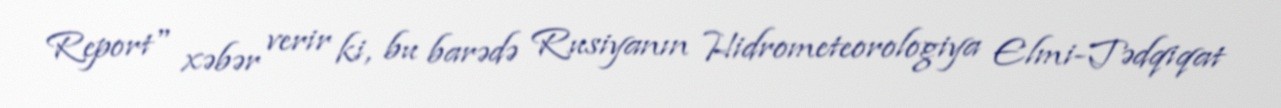
Report" xəbər verir ki, bu barədə Rusiyanın Hidrometeorologiya Elmi-Tədqiqat